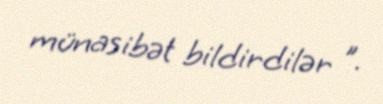
münasibət bildirdilər ”.